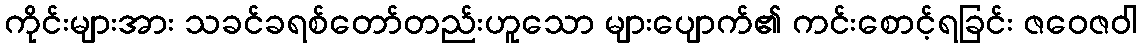
ကိုင်းများအား သခင်ခရစ်တော်တည်းဟူသော များပျောက်၏ ကင်းစောင့်ရခြင်း ဇဝေဇဝါ